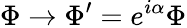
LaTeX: \Phi\rightarrow\Phi^{\prime}=e^{i\alpha}\Phi